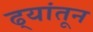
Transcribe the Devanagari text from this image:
ढ्यांतून